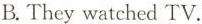
B.They watched TV.